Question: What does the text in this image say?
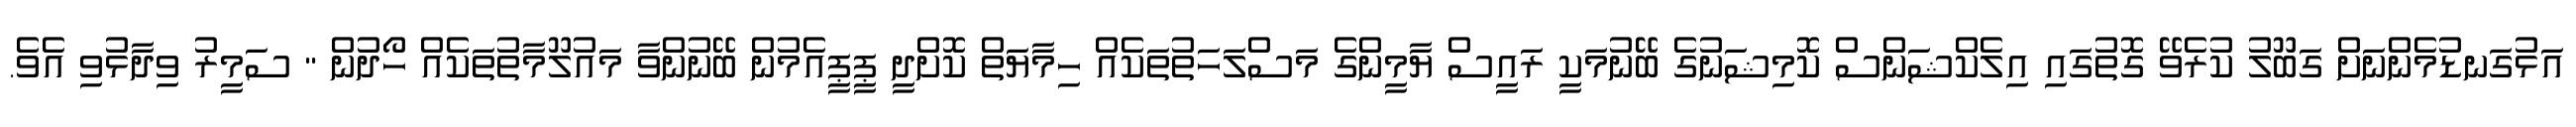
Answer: އަޅުގަނޑުމެންނަށް ގަބޫލު ކުރެވޭ ގޮތުގައި އިލެކްޝަންސް ކޮމިޝަނުގެ ބޭނުމަކީ ރައީސް ޔާމީންގެ މަސްލަހަތުތަކެއް ހިމާޔަތް ކޮށްދީ ޕީޕީއެމުން ބޭނުންވާ މައުލޫމާތުތަކެއް ހޯދުން " ސަމީރު ވިދާޅުވި އެވެ.